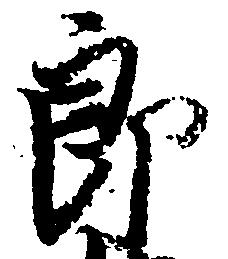
郎